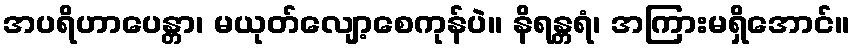
အပရိဟာပေန္တာ၊ မယုတ်လျော့စေကုန်ပဲ။ နိရန္တရံ၊ အကြားမရှိအောင်။